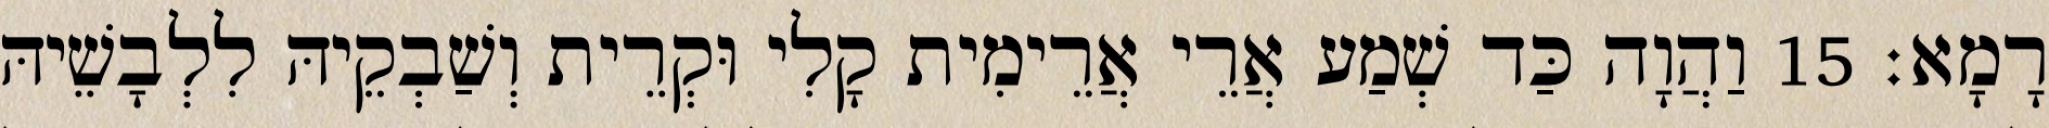
רָמָא׃ 15 וַהֲוָה כַּד שְׁמַע אֲרֵי אֲרֵימִית קָלִי וּקְרֵית וְשַׁבְקֵיהּ לִלְבָשֵׁיהּ